Vaccination North-Western Provinces and Oudh 1896-1901 - 1896-1901
Year: 1896
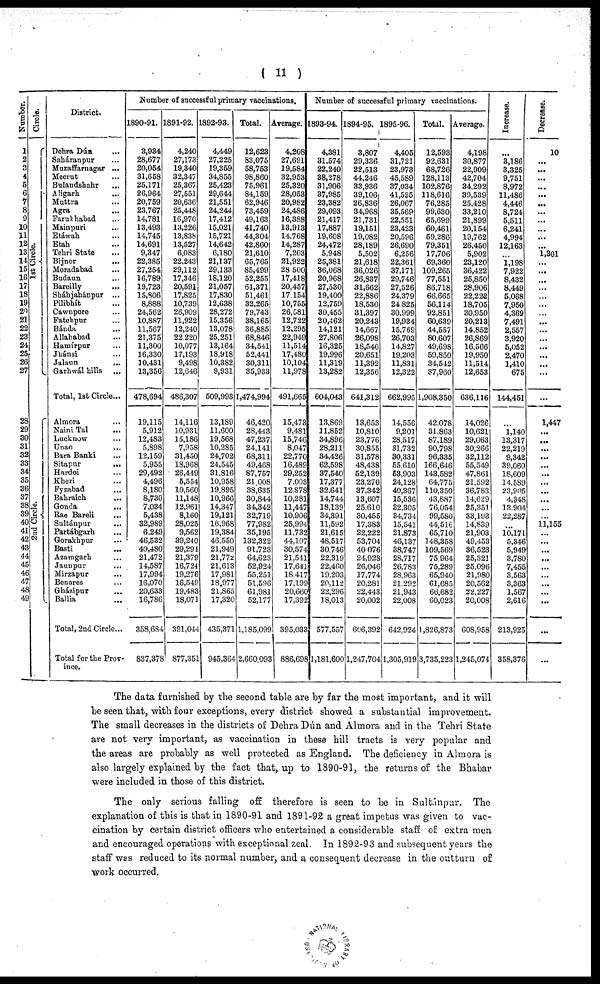
( 11 )
Number.
1
2
3
4
5
6
7
8
9
10
11
12
13
14
15
16
17
18
19
20
21
22
23
24
25
26
27
28
29
30
31
32
33
34
35
36
37
38
39
40
41
42
43
44
45
46
47
48
49
Circle.
1st Circle.
2nd Circle.
District.
Dehra Dún ...
Saháranpur ...
Muzaffarnagar ...
Meerut ...
Bulandshahr ...
Aligarh ...
Muttra ...
Agra ...
Farukhabad ...
Mainpuri ...
Etáwah ...
Etah ...
Tehri State ...
Bijnor ...
Moradabad ...
Budaun ...
Bareilly ...
Sháhjahánpur ...
Pilibhít ...
Cawnpore ...
Fatehpur ...
Bánda ...
Allahabad ...
Hamírpur ...
Jhánsi ...
Jalaun
...
Garhwál hills ...
Total, 1st Circle...
Almora ...
Naini Tal ...
Lucknow ...
Unao ...
Bara Banki ...
Sitapur
...
Hardoi ...
Kheri ...
Fyzabad ...
Bahraich ...
Gonda ...
Rae Bareli ...
Sultánpur ...
Partábgarh ...
Gorakhpur ...
Basti ...
Azamgarh ...
Jaunpur ...
Mirzapur ...
Benares ...
Gházipur ...
Ballia ...
Total, 2nd Circle...
Total for the Prov-
ince.
Number of successful primary vaccinations.
1890-91.
3,934
28,677
20,054
31,658
25,171
26,964
20,759
23,767
14,781
13,493
14,745
14,691
9,347
22,385
27,254
16,789
19,723
15,806
8,888
24,562
10,887
11,567
21,375
11,300
16,330
10,431
13,356
478,694
19,115
5,912
12,483
5,898
12,159
5,955
29,492
4,496
8,180
8,730
7,034
5,438
32,989
6,249
46,532
40,480
21,472
14,587
17,994
16,070
20,633
16,786
358,684
837,378
1891-92.
4,240
27,173
19,340
32,347
25,367
27,551
20,636
25,448
16,970
13,226
13,838
13,527
6,083
22,243
29,112
17,346
20,591
17,825
10,739
26,909
11,922
12,240
22,220
10,077
17,193
9,498
12,646
486,307
14,116
10,931
15,186
7,958
31,450
18,968
26,449
5,554
10,560
11,148
12,961
8,160
28,025
9,562
39,240
29,294
21,379
16,724
19,276
16,549
19,483
18,071
391,044
877,351
1892-93.
4,449
27,225
19,359
34,855
25,423
29,644
21,551
24,244
17,412
15,021
15,721
14,642
6,180
21,137
29,133
18,120
21,057
17,830
12,638
28,272
15,356
13,078
25,251
13,164
18,918
10,382
9,931
509,993
13,189
11,600
19,568
10,285
24,702
24,545
31,816
10,958
19,895
10,966
14,347
19,121
16,968
19,384
46,550
21,949
21,772
21,613
17,981
18,977
21,865
17,320
435,371
945,364
Total.
12,623
83,075
58,753
98,860
75,961
84,159
62,946
73,459
49,163
41,740
44,304
42,860
21,610
65,765
85,499
52,255
61,371
51,461
32,265
79,743
38,165
36,885
68,846
34,541
52,441
30,311
35,933
1,474,994
46,420
28,443
47,237
24,141
68,311
49,468
87,757
21,008
38,635
30,844
34,342
32,719
77,982
35,195
132,322
91,723
64,623
52,924
55,251
51,596
61,981
52,177
1,185,099
2,660,093
Average.
4,208
27,691
19,584
32,953
25,320
28,053
20,982
24,486
16,388
13,913
14,768
14,287
7,203
21,922
28,500
17,418
20,457
17,154
10,755
26,581
12,722
12,295
22,949
11,514
17,480
10,104
11,978
491,665
15,473
9,481
15,746
8,047
22,770
16,489
29,252
7,003
12,878
10,281
11,447
10,906
25,994
11,732
44,107
30,574
21,541
17,641
18,417
17,199
20,660
17,392
395,033
886,698
Number of successful primary vaccinations.
1893-94.
4,381
31,574
22,240
38,278
31,906
37,985
23,382
29,093
21,417
17,887
19,608
24,472
5,948
25,381
36,068
20,968
27,530
19,400
12,759
30,455
20,462
14,121
27,806
16,325
19,996
11,319
13,282
604,043
13,869
11,852
34,896
28,211
34,426
62,598
37,540
17,377
32,641
14,744
18,139
34,391
11,592
21,615
48,517
30,746
22,319
22,460
19,203
20,112
22,296
18,013
577,557
1,181,600
1894-95.
3,807
29,336
22,513
44,246
33,936
39,106
26,836
34,968
21,731
19,151
19,082
28,189
5,502
21,618
36,026
26,837
31,662
22,886
18,530
31,397
20,243
14,667
26,098
18,546
20,651
11,392
12,356
641,312
13,653
10,810
23,776
30,855
31,578
48,438
52,139
23,270
37,342
13,607
25,610
30,455
17,383
22,222
53,704
40,076
24,928
26,046
17,774
20,281
22,443
20,002
606,392
1,247,704
1895-96.
4,405
31,721
23,973
45,589
37,034
41,525
26,067
35,569
22,551
23,423
20,596
26,690
6,256
22,361
37,171
29,746
27,526
24,379
24,825
30,999
19,934
15,769
26,703
14,827
19,203
11,831
12,322
662,995
14,556
9,201
28,517
31,732
30,331
55,610
53,903
24,128
40,367
15,536
32,305
34,734
15,541
21,873
46,137
38,747
28,717
26,783
28,963
21,292
21,943
22,008
642,924
1,305,919
Total.
12,593
92,631
68,726
128,113
102,876
118,616
76,285
99,630
65,699
60,461
59,286
79,351
17,706
69,360
109,265
77,551
86,718
66,665
56,114
92,851
60,639
44,557
80,607
49,698
59,850
34,542
37,960
1,908,350
42,078
31,863
87,189
90,798
96,335
166,646
143,582
64,775
110,350
43,887
76,054
99,580
44,516
65,710
148,358
109,569
75,964
75,289
65,940
61,685
66,682
60,023
1,826,873
3,735,223
Average.
4,198
30,877
22,909
42,704
34,292
39,539
25,428
33,210
21,899
20,154
19,762
26,450
5,902
23,120
36,422
25,850
28,906
22,222
18,705
30,950
20,213
14,852
26,869
16,566
19,950
11,514
12,653
636,116
14,026
10,621
29,063
30,266
32,112
55,549
47,861
21,592
36,783
14,629
25,351
33,193
14,839
21,903
49,453
36,523
25,321
25,096
21,980
20,562
22,227
20,008
608,958
1,245,074
Increase.
...
3,186
3,325
9,751
8,972
11,486
4,446
8,724
5,511
6,241
4,994
12,163
...
1,198
7,922
8,432
8,449
5,068
7,950
4,369
7,491
2,557
3,920
5,052
2,470
1,410
675
144,451
...
1,140
13,317
22,219
9,342
39,060
18,609
14,589
23,905
4,348
13,904
22,287
...
10,171
5,346
5,949
3,780
7,455
3,563
3,363
1,567
2,616
213,925
358,376
Decrease.
10
...
...
...
...
...
...
...
...
...
...
...
1,301
...
...
...
...
...
...
...
...
...
...
...
...
...
...
...
1,447
...
...
...
...
...
...
...
...
...
...
...
11,155
...
...
...
...
...
...
...
...
...
...
...
The data furnished by the second table are by far the most important, and it will
be seen that, with four exceptions, every district showed a substantial improvement.
The small decreases in the districts of Dehra Dun and Almora and in the Tehri State
are not very important, as vaccination in these hill tracts is very popular and
the areas are probably as well protected as England. The deficiency in Almora is
also largely explained by the fact that, up to 1890-91, the returns of the Bhabar
were included in those of this district.
The only serious falling off therefore is seen to be in Sultánpur. The
explanation of this is that in 1890-91 and 1891-92 a great impetus was given to vac-
cination by certain district officers who entertained a considerable staff of extra men
and encouraged operations with exceptional zeal. In 1892-93 and subsequent years the
staff was reduced to its normal number, and a consequent decrease in the outturn of
work occurred.